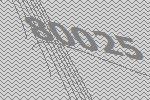
80025